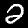
Label: 2